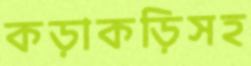
কড়াকড়িসহ